Medical and sanitary report of the native army of Bengal for the year
Year: 1875
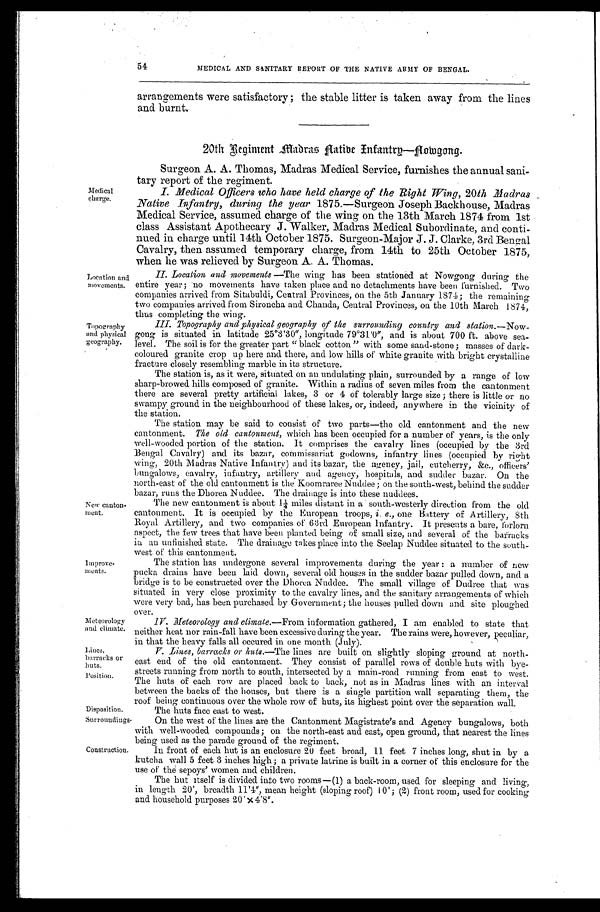
Medical
charge.
Location and
movements.
Topography
and physical
geography.
New canton
-ment.
Improve
-ments.
Meteorology
and climate.
Lines,
barracks or
huts.
Position.
Disposition.
Surroundings.
54
MEDICAL AND SANITARY REPORT OF THE NATIVE ARMY OF BENGAL.
arrangements were satisfactory; the stable litter is taken away from the lines
and burnt.
20th Regiment Madras Hative Ifantre—Howgong.
Surgeon A. A. Thomas, Madras Medical Service, furnishes the annual sani
-tary report of the regiment.
Construction.
I. Medical Officers who have held charge of the Right Wing, 20th Madras
Native Infantry, during the year 1875.—Surgeon Joseph Backhouse, Madras
Medical Service, assumed charge of the wing on the 13th March 1874 from 1st
class Assistant Apothecary J. Walker, Madras Medical Subordinate, and conti
- n u e d i n c h a r g e u n t i l 1 4 t h O c t o b e r 1 8 7 5 . S u r g e o n - M a j o r J . J . C l a r k e , 3 r d B e n g a l
Cavalry, then assumed temporary charge, from 14th to 25th October 1875,
when he was relieved by Surgeon A. A. Thomas.
II. Location and movements —The wing has been stationed at Nowgong during the
entire year; no movements have taken place and no detachments have been furnished. Two
companies arrived from Sitabuldi, Central Provinces, on the 5th January 1874; the remaining
two companies arrived from Sironcha and Chanda, Central Provinces, on the 10th March 1874,
thus completing the wing.
III. Topography and physical geography of the surrounding country and station.—Now
-gong is situated in latitude 25°3'30", longitude 79°31'0", and is about 700 ft. above sea-
level. The soil is for the greater part "black cotton" with some sand-stone; masses of dark-
coloured granite crop up here and there, and low hills of white granite with bright crystalline
fracture closely resembling marble in its structure.
The station is, as it were, situated on an undulating plain, surrounded by a range of low
sharp-browed hills composed of granite. Within a radius of seven miles from the cantonment
there are several pretty artificial lakes, 3 or 4 of tolerably large size; there is little or no
swampy ground in the neighbourhood of these lakes, or, indeed, anywhere in the vicinity of
the station.
The station may be said to consist of two parts—the old cantonment and the new
cantonment. The old cantonment, which has been occupied for a number of years, is the only
well-wooded portion of the station. It comprises the cavalry lines (occupied by the 3rd
Bengal Cavalry) and its bazar, commissariat godowns, infantry lines (occupied by right
wing, 20th Madras Native Infantry) and its bazar, the agency, jail, cutcherry, &c., officers'
bungalows, cavalry, infantry, artillery and agency, hospitals, and sudder bazar. On the
north-east of the old cantonment is the Koomraree Nuddee; on the south-west, behind the sudder
bazar, runs the Dhorea Nuddee. The drainage is into these nuddees.
The new cantonment is about 1¼ miles distant in a south-westerly direction from the old
cantonment. It is occupied by the European troops, i. e., one Battery of Artillery, 8th
Royal Artillery, and two companies of 63rd European Infantry. It presents a bare, forlorn
aspect, the few trees that have been planted being of small size, and several of the barracks
in an unfinished state. The drainage takes place into the Seelap Nuddee situated to the south
- w e s t o f t h i s c a n t o n m e n t . The station has undergone several improvements during the year: a number of new
pucka drains have been laid down, several old houses in the sudder bazar pulled down, and a
bridge is to be constructed over the Dhorea Nuddee. The small village of Dudree that was
situated in very close proximity to the cavalry lines, and the sanitary arrangements of which
were very bad, has been purchased by Government; the houses pulled down and site ploughed
over.
IV. Meteorology and climate. —From information gathered, I am enabled to state that
n e i t h e r h e a t n o r r a i n - f a l l h a v e b e e n e x c e s s i v e d u r i n g t h e y e a r . Th e r a i n s we r e , h o we v e r , p e c u l i a r ,
in that the heavy falls all occured in one month (July).
V. Lines, barracks or huts. —The lines are built on slightly sloping ground at north-
east end of the old cantonment. They consist of parallel rows of double huts with bye-
streets running from north to south, intersected by a main-road running from east to west.
The huts of each row are placed back to back, not as in Madras lines with an interval
between the backs of the houses, but there is a single partition wall separating them, the
roof being continuous over the whole row of huts, its highest point over the separation wall.
The huts face east to west.
On the west of the lines are the Cantonment Magistrate's and Agency bungalows, both
with well-wooded compounds; on the north-east and east, open ground, that nearest the lines
being used as the parade ground of the regiment.
In front of each hut is an enclosure 20 feet broad, 11 feet 7 inches long, shut in by a
kutcha wall 5 feet 3 inches high; a private latrine is built in a corner of this enclosure for the
use of the sepoys' women and children.
The hut itself is divided into two rooms—(1) a back-room, used for sleeping and living,
in length 20' , breadth 11' 4", mean height (sloping roof) 10' ; (2) front room, used for cooking
and household purposes 20'x4'8".